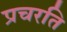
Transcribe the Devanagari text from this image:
प्रचरति